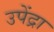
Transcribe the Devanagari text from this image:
उपेंद्रा